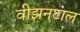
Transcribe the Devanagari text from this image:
वीझनटाल